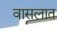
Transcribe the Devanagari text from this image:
वासलात